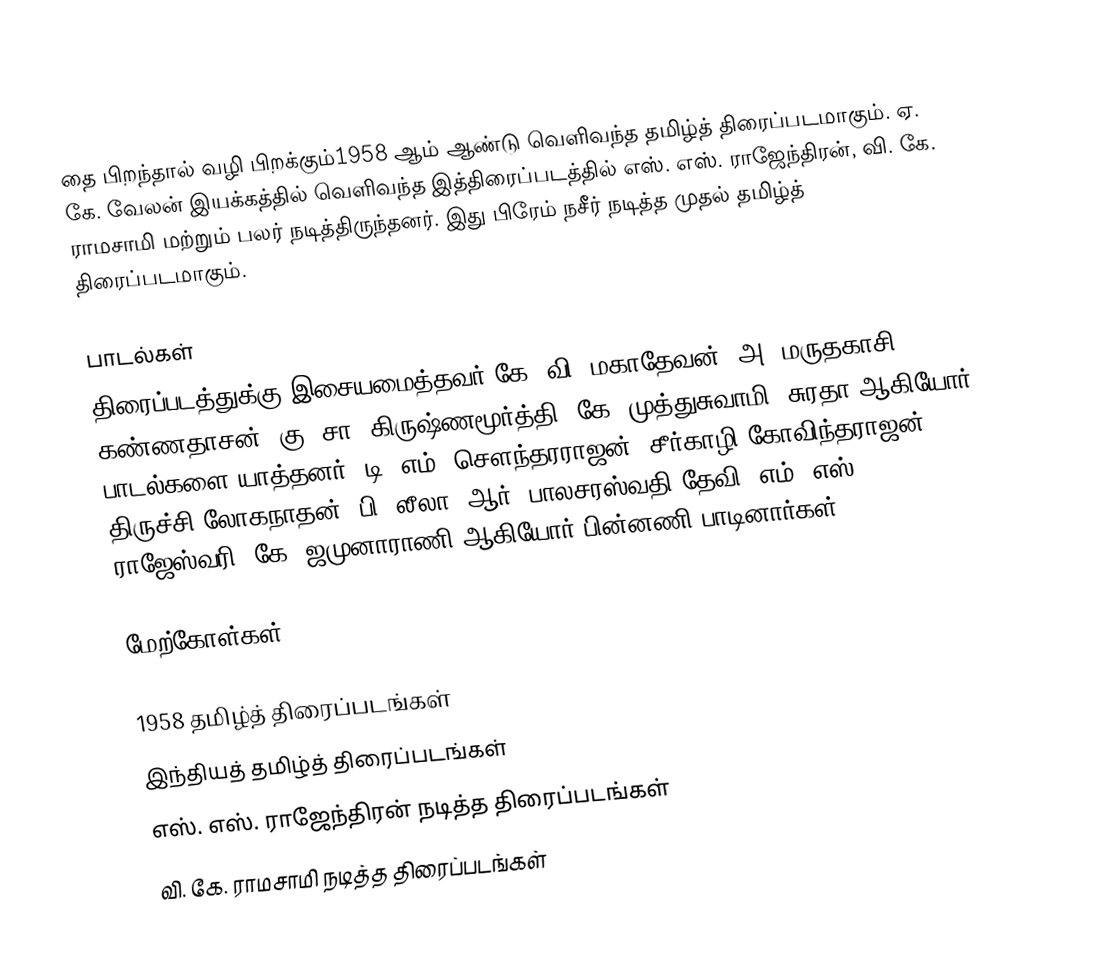
தை பிறந்தால் வழி பிறக்கும்1958 ஆம் ஆண்டு வெளிவந்த தமிழ்த் திரைப்படமாகும். ஏ. கே. வேலன் இயக்கத்தில் வெளிவந்த இத்திரைப்படத்தில் எஸ். எஸ். ராஜேந்திரன், வி. கே. ராமசாமி மற்றும் பலர் நடித்திருந்தனர். இது பிரேம் நசீர் நடித்த முதல் தமிழ்த் திரைப்படமாகும்.

பாடல்கள்
திரைப்படத்துக்கு இசையமைத்தவர் கே. வி. மகாதேவன். அ. மருதகாசி, கண்ணதாசன், கு. சா. கிருஷ்ணமூர்த்தி, கே. முத்துசுவாமி, சுரதா ஆகியோர் பாடல்களை யாத்தனர். டி. எம். சௌந்தரராஜன், சீர்காழி கோவிந்தராஜன், திருச்சி லோகநாதன், பி. லீலா, ஆர். பாலசரஸ்வதி தேவி, எம். எஸ். ராஜேஸ்வரி, கே. ஜமுனாராணி ஆகியோர் பின்னணி பாடினார்கள்.

மேற்கோள்கள்

1958 தமிழ்த் திரைப்படங்கள்
இந்தியத் தமிழ்த் திரைப்படங்கள்
எஸ். எஸ். ராஜேந்திரன் நடித்த திரைப்படங்கள்
வி. கே. ராமசாமி நடித்த திரைப்படங்கள்